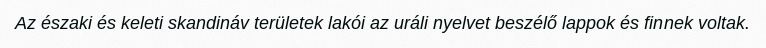
Az északi és keleti skandináv területek lakói az uráli nyelvet beszélő lappok és finnek voltak.